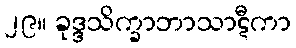
၂၉။ ခုဒ္ဒသိက္ခာဘာသာဋီကာ